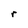
Character: r